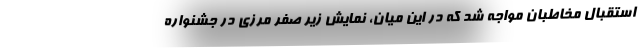
استقبال مخاطبان مواجه شد که در این میان، نمایش زیر صفر مرزی در جشنواره